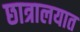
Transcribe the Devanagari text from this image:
छात्रालयात